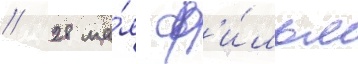
// 28 ма́я ф'и́льм